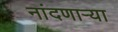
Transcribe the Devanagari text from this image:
नांदणाऱ्या